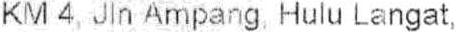
KM 4, JIN AMPANG, HULU LANGAT,